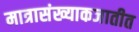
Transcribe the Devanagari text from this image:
मात्रासंख्याकजातीत